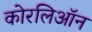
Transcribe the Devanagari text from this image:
कोरलिऑन